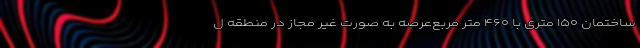
ساختمان ۱۵۰ متری با ۴۶۰ متر مربع‌عرصه به صورت غیر مجاز در منطقه ل